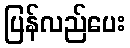
ပြန်လည်ပေး